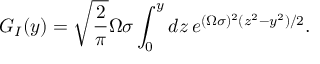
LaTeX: G _ { I } ( y ) = \sqrt { \frac { 2 } { \pi } } \Omega \sigma \int _ { 0 } ^ { y } d z \, e ^ { ( \Omega \sigma ) ^ { 2 } ( z ^ { 2 } - y ^ { 2 } ) / 2 } .